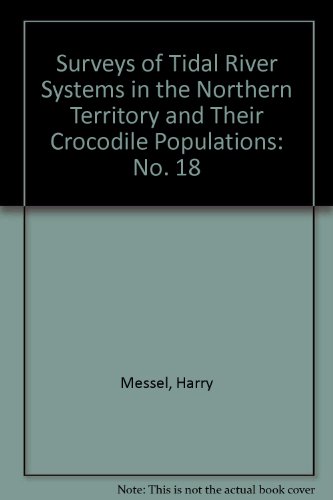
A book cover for Population Dynamics of Crocodylus Porosus and Status, Management and Recovery, Update 1979-1983 (Surveys of Tidal River Systems in the Northern Terri) (No. 18); H. Messel; Sports & Outdoors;